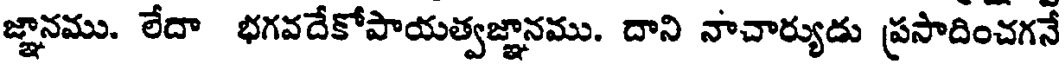
జ్ఞానము. లేదా భగవదేకోపాయత్వజ్ఞానము. దాని నాచార్యుడు ప్రసాదించగనే